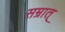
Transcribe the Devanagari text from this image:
सम्रात्